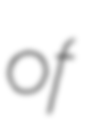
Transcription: of